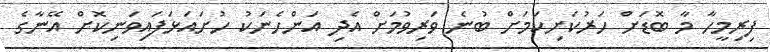
ފިރިމީހާ މާ ބޮޑަށް ހަރުކަށިކަމަށް ބުނެ ވަރިވުމަށް އެދި އަންހެނަކު ހުށައަޅަފައިވަނިކޮށް އޭނާގެ